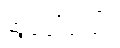
ဆွဲခေါ်သည်။